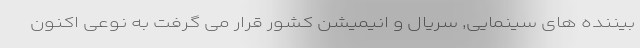
بیننده های سینمایی, سریال و انیمیشن کشور قرار می گرفت به نوعی اکنون